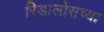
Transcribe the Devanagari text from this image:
रिडालोसच्या